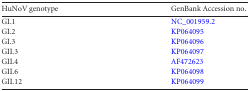
<table><thead><tr><td><b>HuNoV genotype</b></td><td><b>GenBank Accession no.</b></td></tr></thead><tbody><tr><td>GI.1</td><td>NC_001959.2</td></tr><tr><td>GI.2</td><td>KP064095</td></tr><tr><td>GI.3</td><td>KP064096</td></tr><tr><td>GII.3</td><td>KP064097</td></tr><tr><td>GII.4</td><td>AF472623</td></tr><tr><td>GII.6</td><td>KP064098</td></tr><tr><td>GII.12</td><td>KP064099</td></tr></tbody></table>